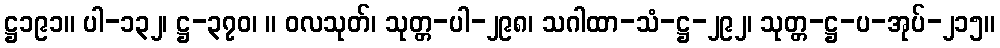
ဋ္ဌ၁၉၁။ ပါ-၁၃၂၊ ဋ္ဌ-၃၇၀၊ ။ ဝလသုတ်၊ သုတ္တ-ပါ-၂၉၈၊ သဂါထာ-သံ-ဋ္ဌ-၂၉၂၊ သုတ္တ-ဋ္ဌ-ပ-အုပ်-၂၁၅။